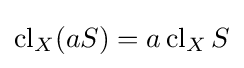
\operatorname {cl} _{X}(aS)=a\operatorname {cl} _{X}S